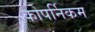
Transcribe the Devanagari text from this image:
कोपर्निकम